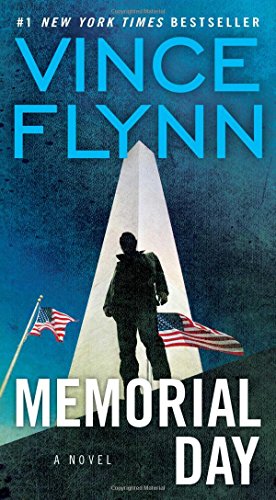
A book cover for Memorial Day (The Mitch Rapp Series); Vince Flynn; Mystery, Thriller & Suspense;